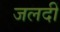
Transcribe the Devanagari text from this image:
जलदीं